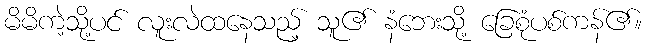
မိမိကဲ့သို့ပင် လူးလဲထနေသည့် သူ၏ နံဘေးသို့ ခြေစုံပစ်ကန်၏။